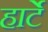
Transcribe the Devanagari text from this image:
हार्टे